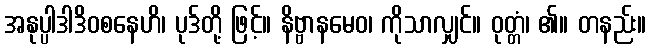
အနုပ္ပါဒါဒိဝစနေဟိ၊ ပုဒ်တို့ ဖြင့်။ နိဗ္ဗာနမေဝ၊ ကိုသာလျှင်။ ဝုတ္တံ၊ ၏။ တနည်း။